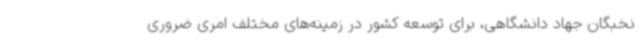
نخبگان جهاد دانشگاهی، برای توسعه کشور در زمینه‌های مختلف امری ضروری